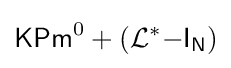
{\mathsf {KPm}}^{0}+({\mathcal {L}}^{*}{\mathsf {-I}}_{\mathsf {N}})